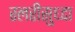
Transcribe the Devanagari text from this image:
स्लरीसुध्दा